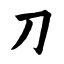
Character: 刀